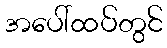
အပေါ်ထပ်တွင်